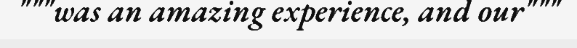
"""was an amazing experience, and our"""